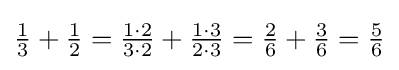
{\tfrac {1}{3}}+{\tfrac {1}{2}}={\tfrac {1\cdot 2}{3\cdot 2}}+{\tfrac {1\cdot 3}{2\cdot 3}}={\tfrac {2}{6}}+{\tfrac {3}{6}}={\tfrac {5}{6}}